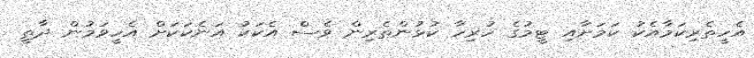
އެހީތެރިކަމާއެކު ކަމަށާއި ޓީމުގެ ހުރިހާ ކުޅުންތެރިން ވެސް އެކަކު އަނެކަކަށް އެހީވަމުން ދާތީ